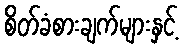
စိတ်ခံစားချက်များနှင့်